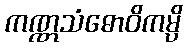
ကဏ္ဏသံဓောဝိကမ္ပိ